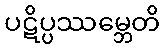
ပဋိပ္ပဿမ္ဘေတိ